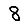
Digit: 8